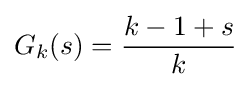
G_{k}(s)={\frac {k-1+s}{k}}